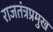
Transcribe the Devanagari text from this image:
राजतंत्रप्रमुख